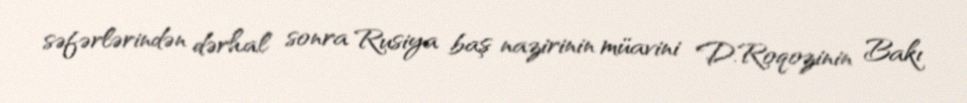
səfərlərindən dərhal sonra Rusiya baş nazirinin müavini D.Roqozinin Bakı